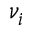
\nu _ { i }